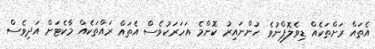
އެތައް ރަށްތަކެއް ޑިވެލޮޕްނުވެ ހުންނައިރު ކޮންމެ އަހަރަކުވެސް އެތައް ރައްތަކެއް މާކެޓަށް އަދިވެސް